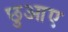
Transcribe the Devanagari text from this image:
छुआए